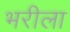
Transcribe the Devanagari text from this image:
भरीला